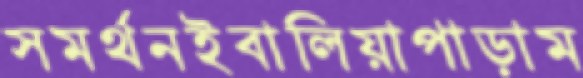
সমর্থনইবালিয়াপাড়াম